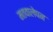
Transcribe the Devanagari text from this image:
मतवालेपन